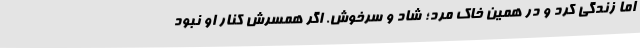
اما زندگی کرد و در همین خاک مُرد؛ شاد و سرخوش. اگر همسرش کنار او نبود